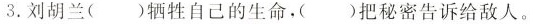
3.刘胡兰()牺牲自己的生命，()把秘密告诉给敌人。